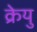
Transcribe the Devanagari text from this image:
क्रेयु